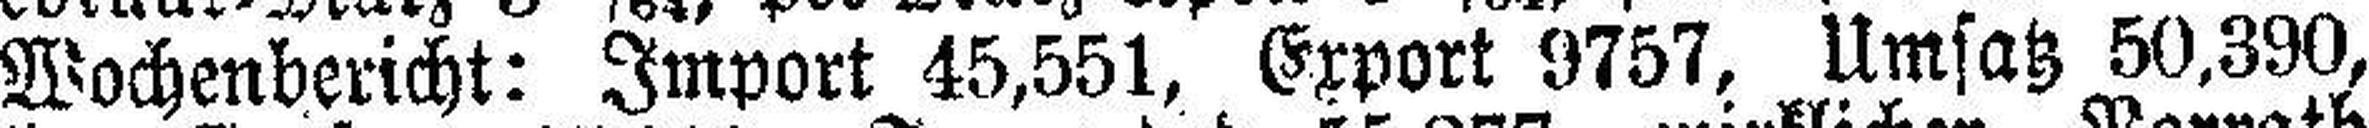
Wochenbericht: Import 45,551, Export 9757, Umsatz 50,390,